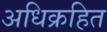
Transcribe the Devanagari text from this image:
अधिक्रहित